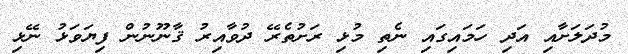
މުދަލަށާއި އަދި ހަމައިގައި ނެތި މުޅި ރަށުތެރޭ ދުވާއިރު ޤާނޫނުން ފިޔަވަޅު ނޭޅި